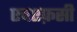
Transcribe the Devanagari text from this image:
एचएफ़सी